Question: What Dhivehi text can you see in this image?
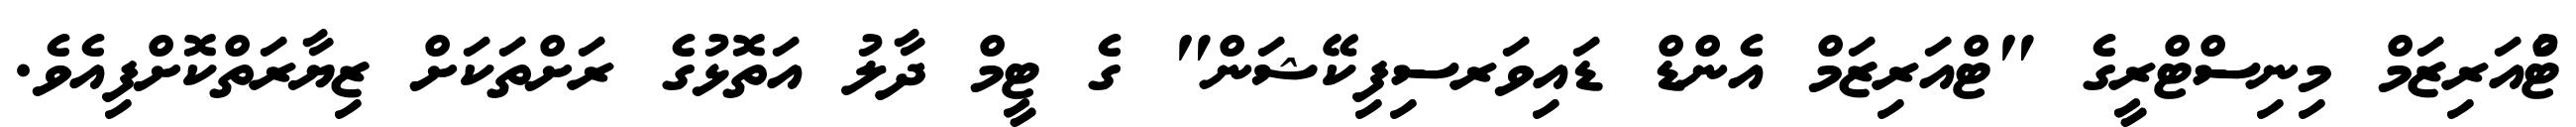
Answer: ޓްުއަރިޒަމް މިނިސްޓްރީގެ "ޓްއަރިޒަމް އެންޑް ޑައިވަރސިފިކޭޝަން" ގެ ޓީމް ދާލު އަތޮޅުގެ ރަށްތަކަށް ޒިޔާރަތްކޮށްފިއެވެ.